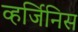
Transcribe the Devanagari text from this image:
व्हर्जिनिस